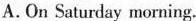
A.On Saturday morning.